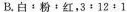
B.白：粉﹔红；3：12：1